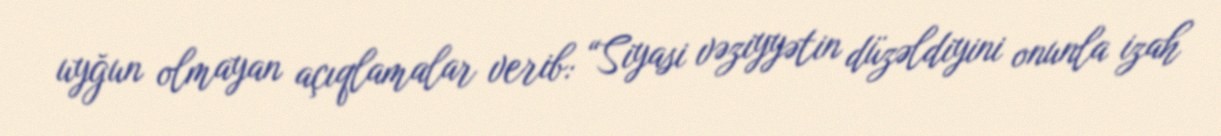
uyğun olmayan açıqlamalar verib: “Siyasi vəziyyətin düzəldiyini onunla izah